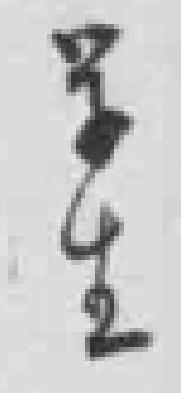
学生